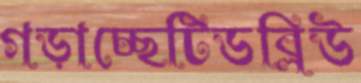
গড়াচ্ছেটিডব্লিউ